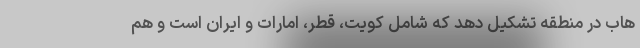
هاب در منطقه تشکیل دهد که شامل کویت، قطر، امارات و ایران است و هم